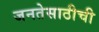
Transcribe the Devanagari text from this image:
जनतेसाठीची